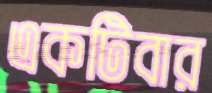
একটিবার